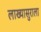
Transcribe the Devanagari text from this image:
लाख्यासुराला